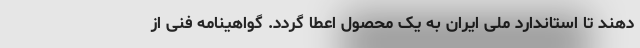
دهند تا استاندارد ملی ایران به یک محصول اعطا گردد. گواهینامه فنی از